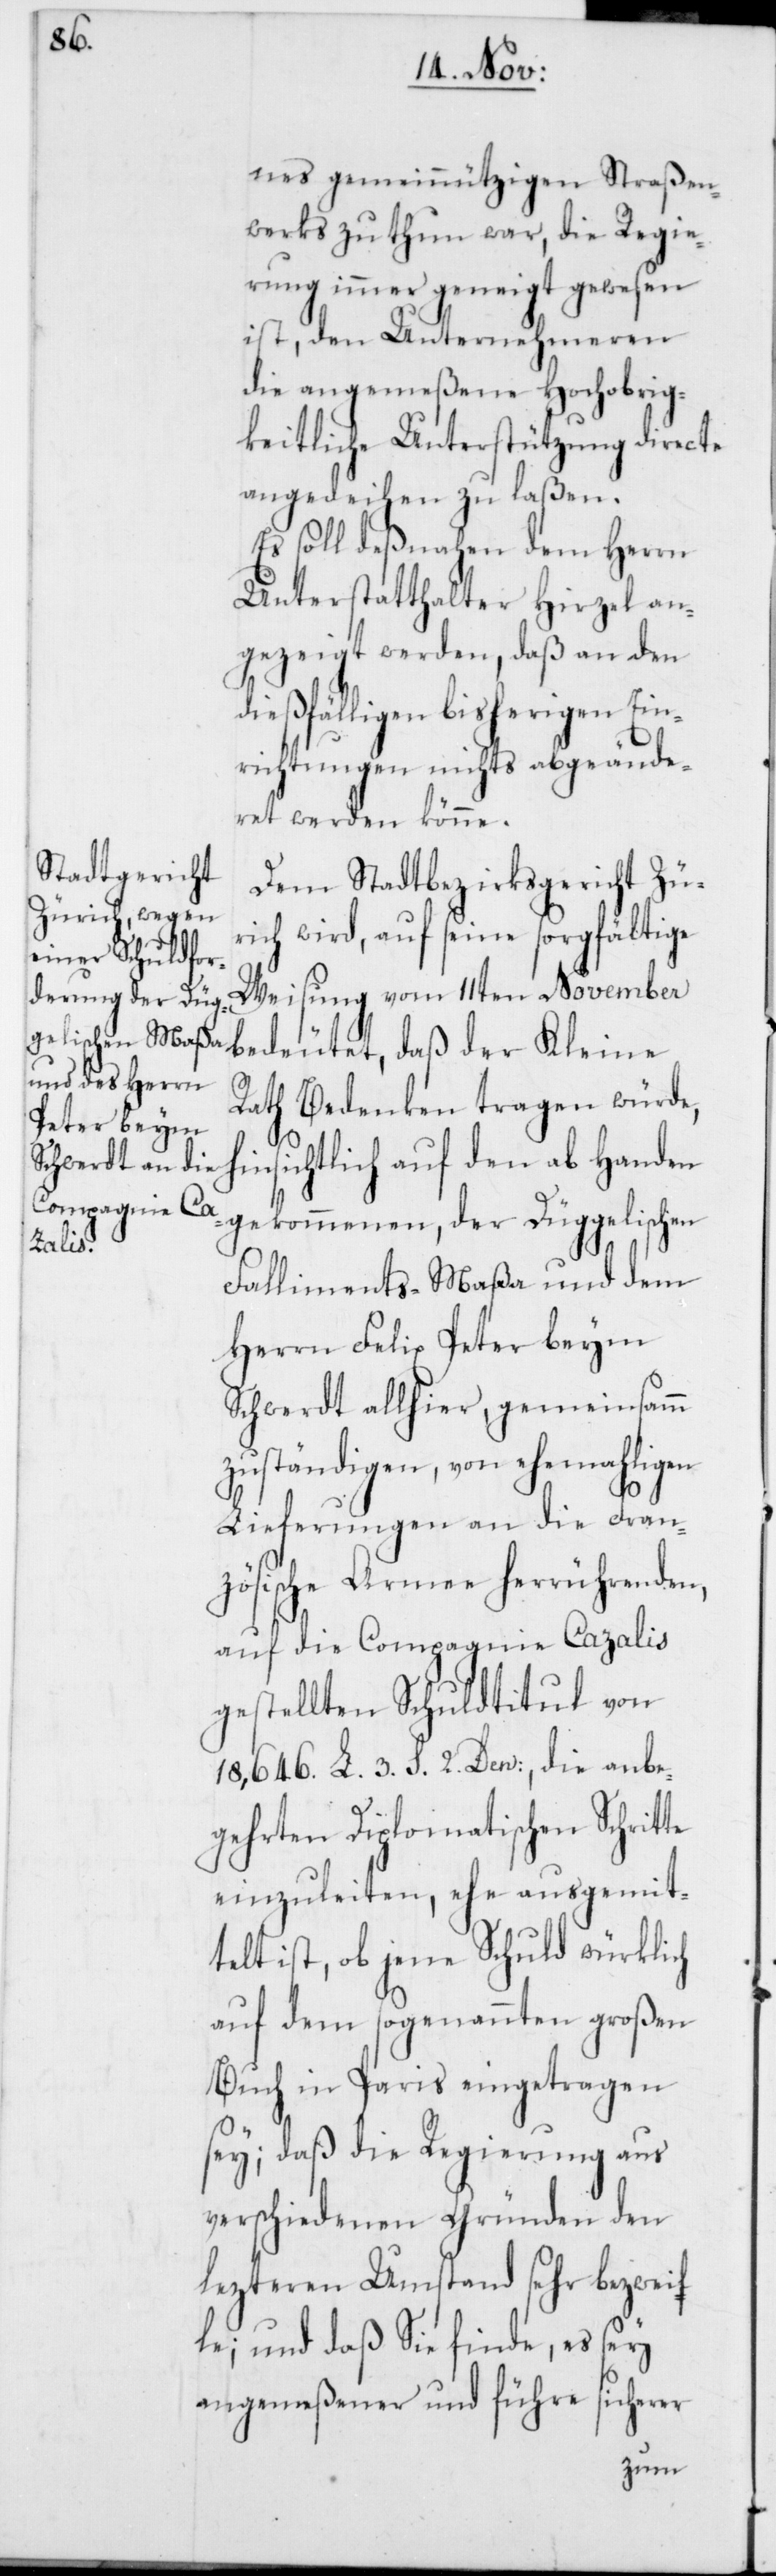
nes gemeinnützigen Straßen¬
werks zu thun war, die Regie¬
rung immer geneigt gewesen
ist, den Unternehmeren
die angemeßene Hochobrig¬
keitliche Unterstützung directe
angedeihen zu laßen.
Es soll deßnahen dem Herrn
Unterstatthalter Hirzel an¬
gezeigt werden, daß an den
dießfälligen bisherigen Ein¬
richtungen nichts abgeände¬
ret werden könne.
Dem Stadtbezirksgericht Zü¬
rich wird, auf seine sorgfältige
Weisung vom 11ten November
bedeutet, daß der Kleine
h¬
Rath Bedenken tragen würde,
insichtlich auf den ab Handen
gekommenen, der Düggelischen
Falliments-Maßa und dem
Herrn Felix Peter beym
Schwerdt allhier, gemeinsamm
zuständigen, von ehemaligen
Lieferungen an die Fran¬
zösische Armee herrührenden,
auf die Compagnie Cazalis
gestellten Schuldtitul von
18,646 L. 3. S. 2. Den:, die anbe¬
gehrten Diplomatischen Schritte
einzuleiten, ehe ausgemit¬
telt ist, ob jene Schuld würklich
auf dem sogenannten großen
Buch in Paris eingetragen
sey; daß die Regierung aus
verschiedenen Gründen den
lezteren Umstand sehr bezweif¬
le; und daß Sie finde, es sey
angemeßener und führe sicherer